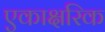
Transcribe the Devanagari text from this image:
एकाक्षरिक